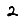
Digit: 2